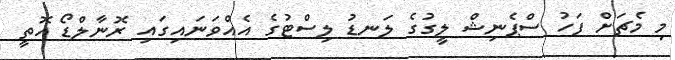
މި މެޗަށް ފަހު ސްޕެނިޝް ލީގުގެ ލަނޑު ލިސްޓުގެ އެއްވަނައިގައި ރޮނާލްޑޯ އޮތީ